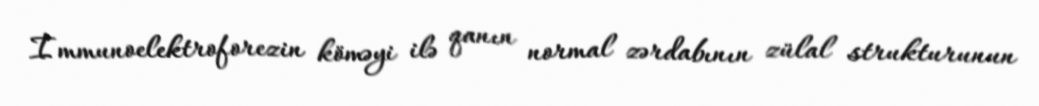
İmmunoelektroforezin köməyi ilə qanın normal zərdabının zülal strukturunun